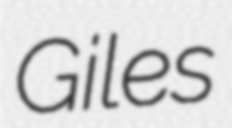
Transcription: Giles